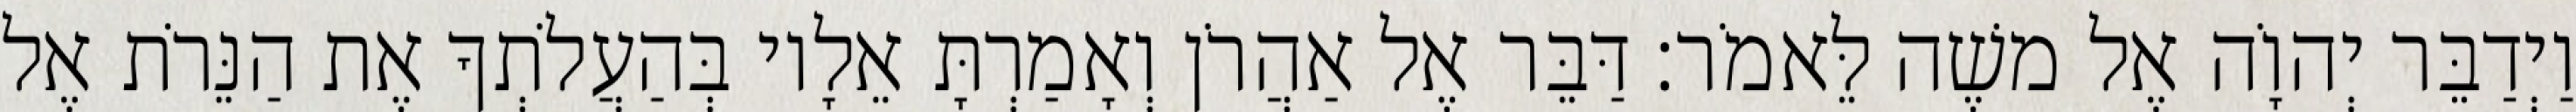
וַיְדַבֵּר יְהוָֹה אֶל משֶׁה לֵּאמֹר׃ דַּבֵּר אֶל אַהֲרֹן וְאָמַרְתָּ אֵלָיו בְּהַעֲלֹתְךָ אֶת הַנֵּרֹת אֶל